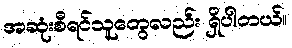
အဆုံးစီရင်သူတွေလည်း ရှိပါတယ်။